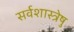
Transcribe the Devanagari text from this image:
सर्वशास्त्रेषु